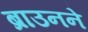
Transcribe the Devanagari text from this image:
ब्राउनने